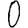
Digit: 0